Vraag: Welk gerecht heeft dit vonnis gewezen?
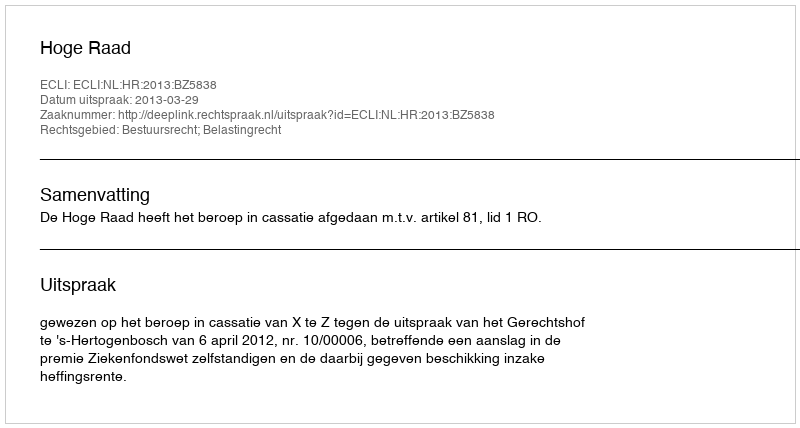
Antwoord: Hoge Raad